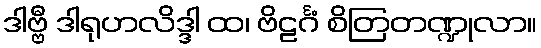
ဒါဗ္ဗီ ဒါရုဟလိဒ္ဒါ ထ၊ ဗိဠင်္ဂံ စိတြတဏ္ဍုလာ။